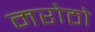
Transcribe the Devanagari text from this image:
मरोठो